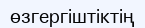
өзгергіштіктің